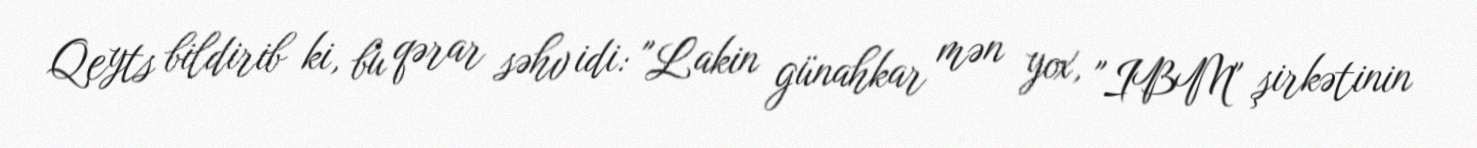
Qeyts bildirib ki, bu qərar səhv idi: "Lakin günahkar mən yox, "IBM" şirkətinin